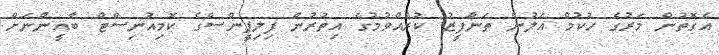
އެގޮތުން މަރުގެ ހުކުމް އަލުން ތަންފީޒު ކުރެއްވުމުގެ އިތުރުން ފިލިޕީންސްގެ ކޮމިއުނިސްޓް ބާޣީންނަށް